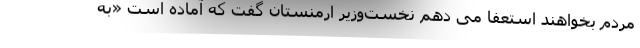
مردم بخواهند استعفا می دهم نخست‌وزیر ارمنستان گفت که آماده است «به